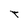
Character: T